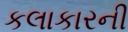
કલાકારની